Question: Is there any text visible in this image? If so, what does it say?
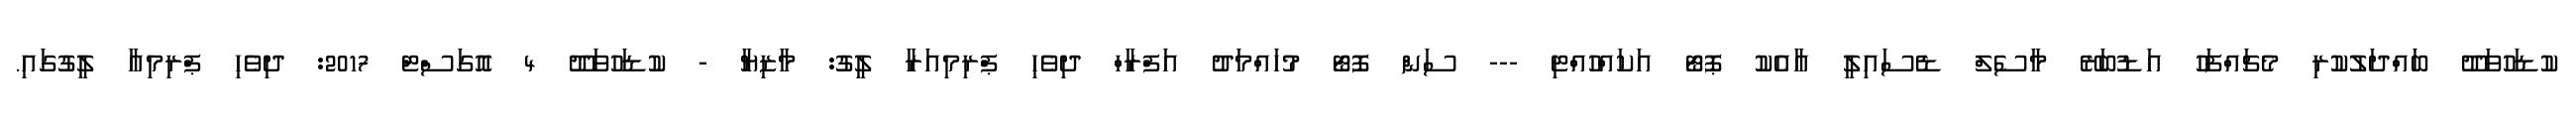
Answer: ކުޑަހުވަދޫ ބައްދަލުކުރި މެޗައްފަހު އަޑުބަރޭ މާސެލް ޑެސައިލީ އާއެކު ޕޮޓޯ އަކައްހުއްޓި --- ސަން ފޮޓޯ މުހައްމަދު އަފްރާހް ދިވެހި ޕްރިމިއަރާ ލީގު: މާޒިޔާ - ކުޑަހުވަދޫ 4 އޮގަސްޓް 2017: ދިވެހި ޕްރިމިއާ ލީގުގައި.